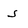
Character: s